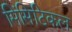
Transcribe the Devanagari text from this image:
सिंसिटिकल